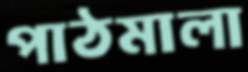
পাঠমালা